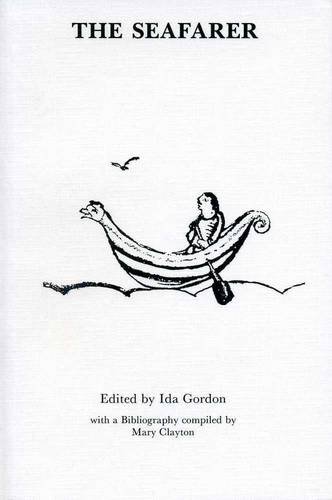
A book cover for The Seafarer (University of Exeter Press - Exeter Medieval Texts and Studies); Literature & Fiction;